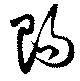
賜